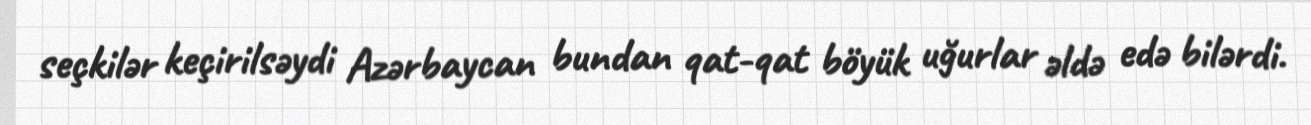
seçkilər keçirilsəydi Azərbaycan bundan qat-qat böyük uğurlar əldə edə bilərdi.